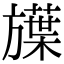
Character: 𬀗